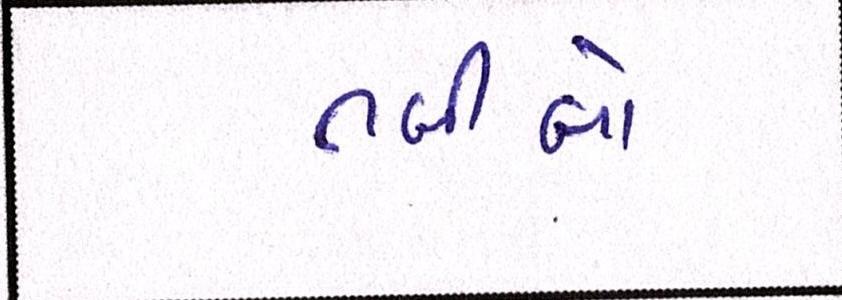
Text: તબીબો